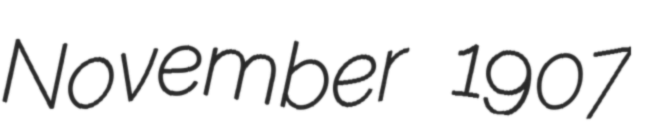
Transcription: November 1907